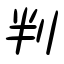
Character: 判